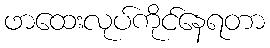
ဖာထေးလုပ်ကိုင်နေရတာ